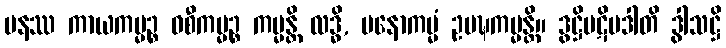
ပနဿ ကာယကမ္မဉ္စ ဝစီကမ္မဉ္စ ကမ္မန္တိ လဒ္ဓိ, မနောကမ္မံ ဥပဍ္ဎကမ္မန္တိ။ ဒွဋ္ဌိပဋိပဒါတိ ဒွါသဋ္ဌိ